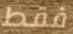
فقط